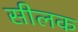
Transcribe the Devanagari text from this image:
सीलक